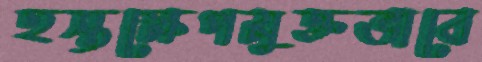
হস্তক্ষেপমুক্তভাবে